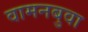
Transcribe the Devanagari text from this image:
वामनबुवा